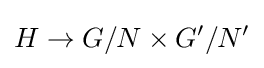
H\to G/N\times G'/N'